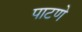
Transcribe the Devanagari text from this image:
पाटणे